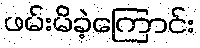
ဖမ်းမိခဲ့ကြောင်း